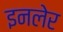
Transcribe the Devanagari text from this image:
इनलेर